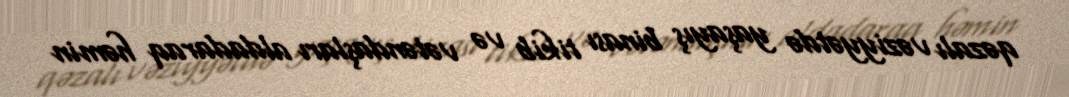
qəzalı vəziyyətdə yaşayış binası tikib və vətəndaşları aldadaraq həmin